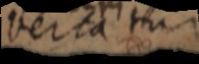
vertatur